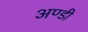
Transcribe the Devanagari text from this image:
अण्डी